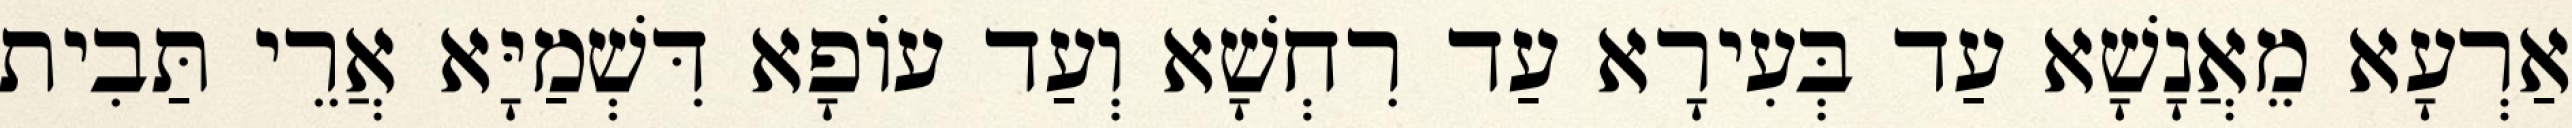
אַרְעָא מֵאֲנָשָׁא עַד בְּעִירָא עַד רִחְשָׁא וְעַד עוֹפָא דִּשְׁמַיָּא אֲרֵי תַּבִית